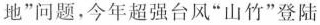
地”问题，今年超强台风”山竹”登陆